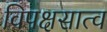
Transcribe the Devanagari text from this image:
विपक्षसात्व